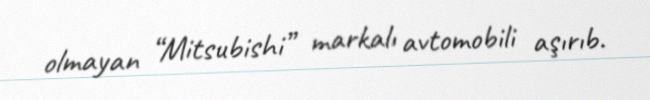
olmayan “Mitsubishi” markalı avtomobili aşırıb.